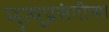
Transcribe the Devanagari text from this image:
मॄत्यूप्रसंगीच्या